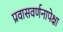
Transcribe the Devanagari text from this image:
प्रवासवर्णनापेक्षा